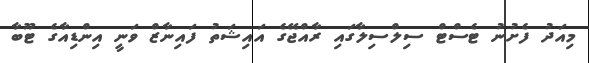
މިއަދު ފެށުނު ޓެސްޓް ސިލްސިލާގައި ރާއްޖޭގެ އައިޝަތު ފައިނާޒް ވަނީ އިންޑިއާގެ ޓޫބާ